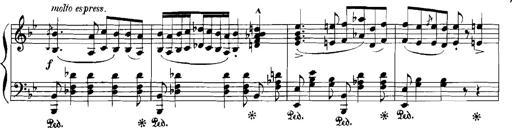
Title: Rhapsodies hongroises
Composer: Franz Liszt